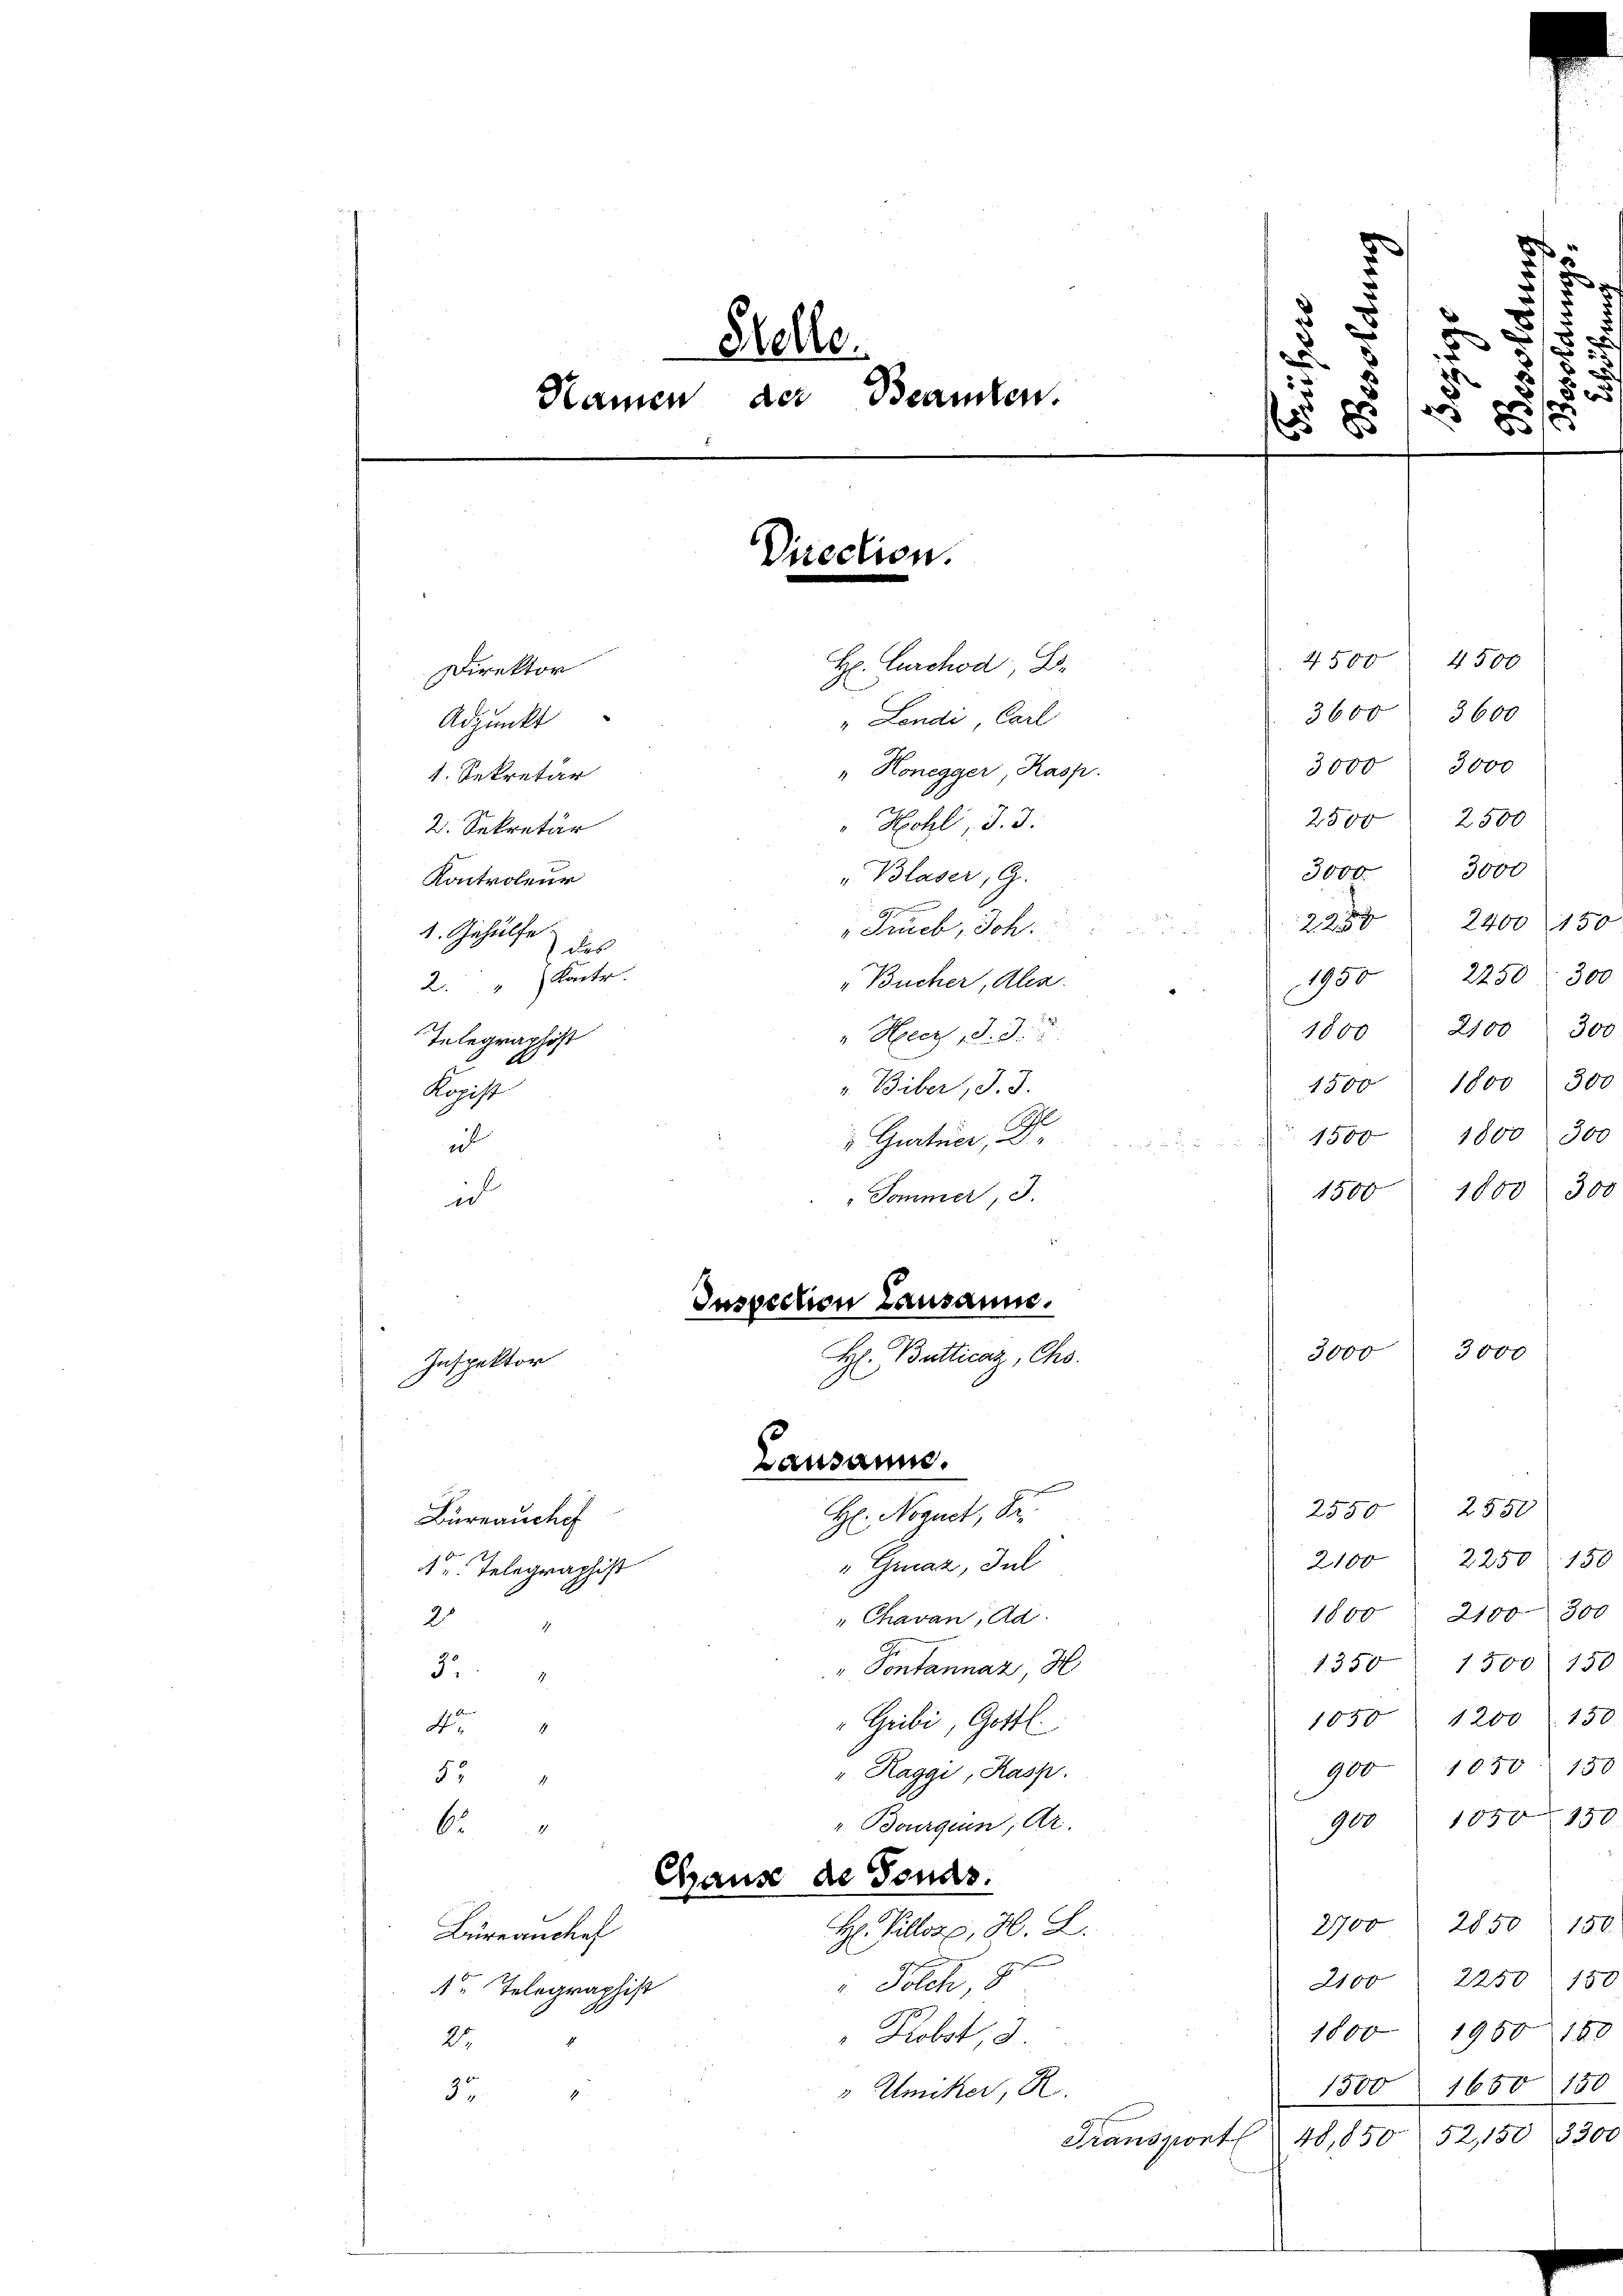
" Lande, Carl
" Honegger, Kasp
"Hechli, d. 3.
2. Sekretär
"Blaser, G.
Kontroleur
1
Trieb, Sch
1. Gehülfe
7 das
9
"Bücher, Alex
2. " Kontr.
" Herey, d. 3.
Telegraphist
v. Biber, J. J
Regist
2
 Gurtner, D
2
ich
Sommer, 3.
u
Inspection Lausanne.
H: Butticaz, Chs.

Direktor
Adjunkt
1. Sekretär

Stelle
Namen der Beamten

Inspektor

Die

de.

Lausanne.

H. Furchod L.

1

H. Negnet, Sr.
Bureauchef
d
"Graz, Jul
1 u. Telegraphist
"Chavan, Ad
2
4
Pontannaz H
5.
9.
.
Gribi, Gottl.
a
" Raggi, Kasp.
9
57
4
G
Bourgun, Ar
6
1
Chause de Fonds.
2700
20
13
H: Pillorp, H S.
Brancke
2100 " 22
Foch, 8
 Telegraphist
19
1800
" Probet 3.
25
1650
Uniker, R
1500
4
35.
.
52,150
48,850
Transport